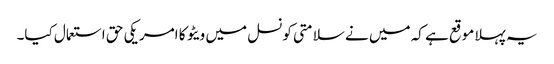
یہ پہلا موقع ہے کہ میں نے سلامتی کونسل میں ویٹو کا امریکی حق استعمال کیا۔